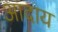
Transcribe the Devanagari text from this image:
आदाय